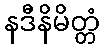
နဒီနိမိတ္တံ